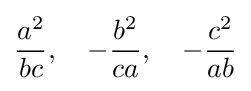
{\frac {a^{2}}{bc}},\quad -{\frac {b^{2}}{ca}},\quad -{\frac {c^{2}}{ab}}